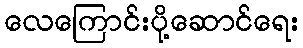
လေကြောင်းပို့ဆောင်ရေး